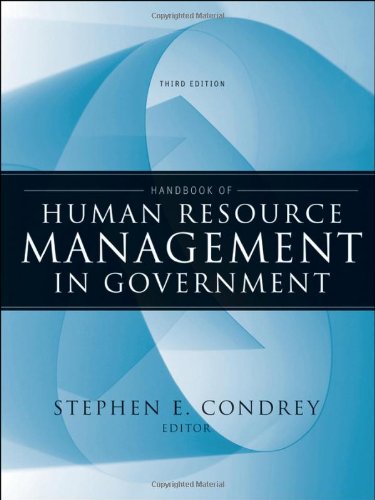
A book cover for Handbook of Human Resource Management in Government; Business & Money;